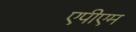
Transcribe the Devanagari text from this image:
एपीएम